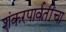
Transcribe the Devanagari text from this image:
शंकरपार्वतींचा